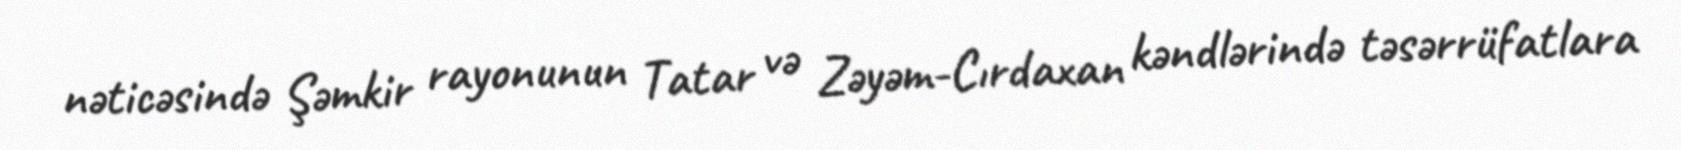
nəticəsində Şəmkir rayonunun Tatar və Zəyəm-Cırdaxan kəndlərində təsərrüfatlara